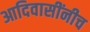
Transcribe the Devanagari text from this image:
आदिवासींनीच